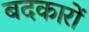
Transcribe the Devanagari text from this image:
बदकारों